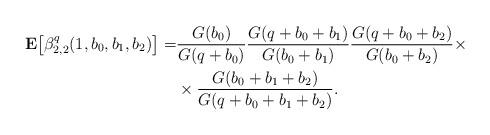
LaTeX: \begin{align*}{\bf E}\bigl[\beta_{2,2}^q(1, b_0, b_1, b_2)\bigr] = & \frac{G(b_0)}{G(q+b_0)}\frac{G(q+b_0+b_1)}{G(b_0+b_1)}\frac{G(q+b_0+b_2)}{G(b_0+b_2)}\times \\ & \times\frac{G(b_0+b_1+b_2)}{G(q+b_0+b_1+b_2)}.\end{align*}